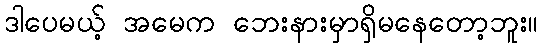
ဒါပေမယ့် အမေက ဘေးနားမှာရှိမနေတော့ဘူး။